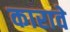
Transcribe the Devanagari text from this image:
कारावे